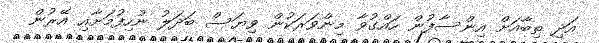
އަދި ތިބާއަށް އިންސާފުން ހައްގުވާ މިންވަރަކުން ވިޔަސް ބަދަލު ނުހިފުމަށާއި އޭރުން